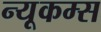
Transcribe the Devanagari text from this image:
न्यूकम्स